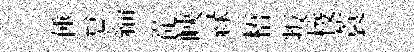
倕怠緇從峽緑梧叛梭蓑